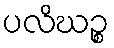
ပလိဃဉ္စ